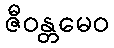
ဇီဝန္တမေဝ